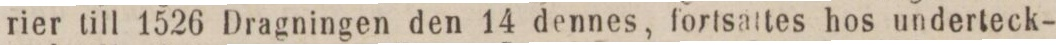
rier till 1526 Dragningen den 14 dennes, fortsättes hos underteck-